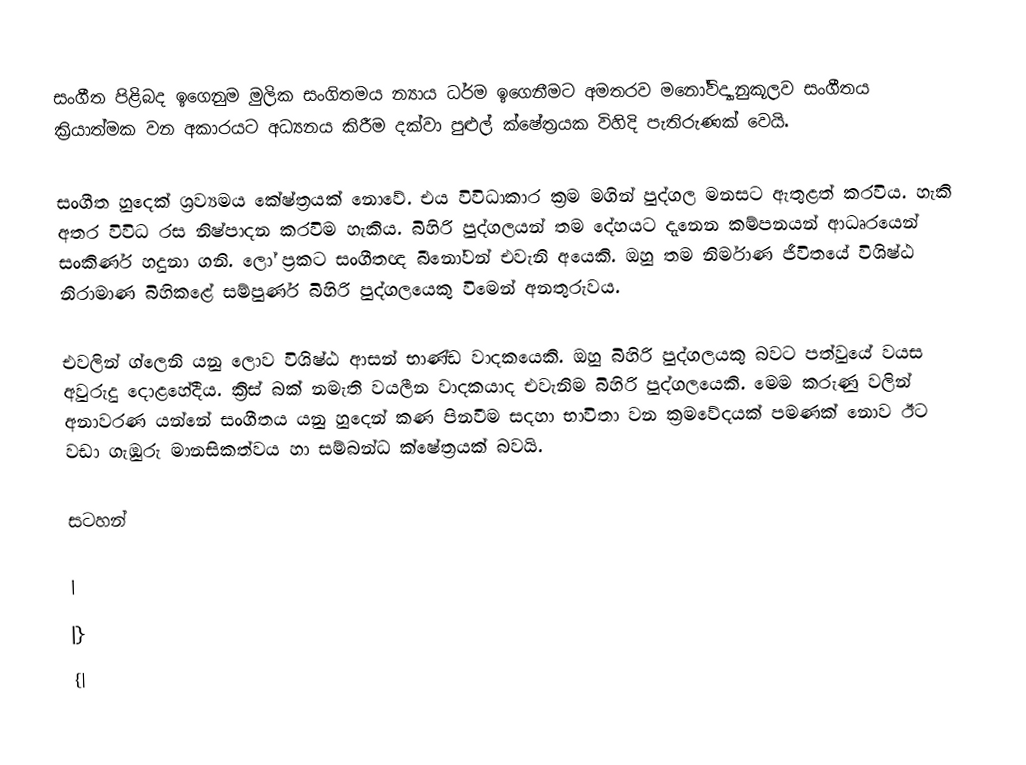
සංගීත පිළිබද ඉගෙනුම මුලික සංගිතමය න්‍යාය ධර්ම ඉගෙනීමට අමතරව මනෝවිද්‍යානුකූලව සංගීතය ක්‍රියාත්මක වන අකාරයට අධ්‍යනය කිරීම දක්වා පුළුල් ක්ෂේත්‍රයක විහිදි පැතිරුණක් වෙයි.

සංගීත හුදෙක් ශ්‍රව්‍යමය කේෂ්ත්‍රයක් නොවේ. එය විවිධාකාර ක්‍රම මගින් පුද්ගල මනසට ඇතුළත් කරවිය. හැකි අතර විවිධ රස නිෂ්පාදන කරවිම හැකිය. බිහිරි පුද්ගලයන් තම දේහයට දැනෙන කම්පනයන් ආධෘරයෙන් සංකිර්ණ හදුනා ගනි. ලෝ ප්‍රකට සංගීතඥ බීනෝවන් එවැනි අයෙකි. ඔහු තම නිර්මාණ ජීවිතයේ විශිෂ්ඨ නිරාමාණ බිහි‍කළේ සම්පුර්ණ බිහිරි පුද්ගලයෙකු විමෙන් අනතුරුවය.

එවලින් ග්ලෙනි යනු ලොව විශිෂ්ඨ ආසන් භාණ්ඩ වාදකයෙකි. ඔහු බිහිරි පුද්ගලයකු බවට පත්වුයේ වයස අවුරුදු දොළහේදීය. ක්‍රිස් බක් නමැති වයලීන වාදකයාද එවැනිම බිහිරි පුද්ගලයෙකි. මෙම කරුණු වලින් අනාවරණ යන්නේ සංගීතය යනු හුදෙන් කණ පිනවීම සදහා භාවිතා වන ක්‍රමවේදයක් පමණක් නොව ඊට වඩා ගැඹුරු මානසිකත්වය හා සම්බන්ධ ක්ෂේත්‍රයක් බවයි.

සටහන්

|
|}
{|